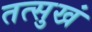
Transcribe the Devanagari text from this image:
तत्सुखं